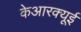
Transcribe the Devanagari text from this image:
केआरक्यूई